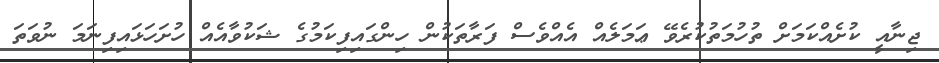
ޖިނާއީ ކުށެއްކަމަށް ތުހުމަތުކުރެވޭ ޢަމަލެއް އެއްވެސް ފަރާތަކުން ހިންގައިފިކަމުގެ ޝަކުވާއެއް ހުށަހަޅައިފިނަމަ ނުވަތަ